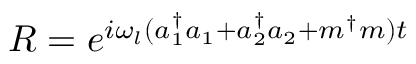
R = e ^ { i \omega _ { l } ( a _ { 1 } ^ { \dagger } a _ { 1 } + a _ { 2 } ^ { \dagger } a _ { 2 } + m ^ { \dagger } m ) t }